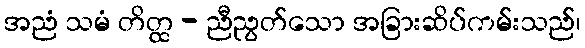
အညံ သမံ တိတ္ထ - ညီညွတ်သော အခြားဆိပ်ကမ်းသည်၊